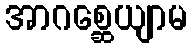
အာဂစ္ဆေယျာမ